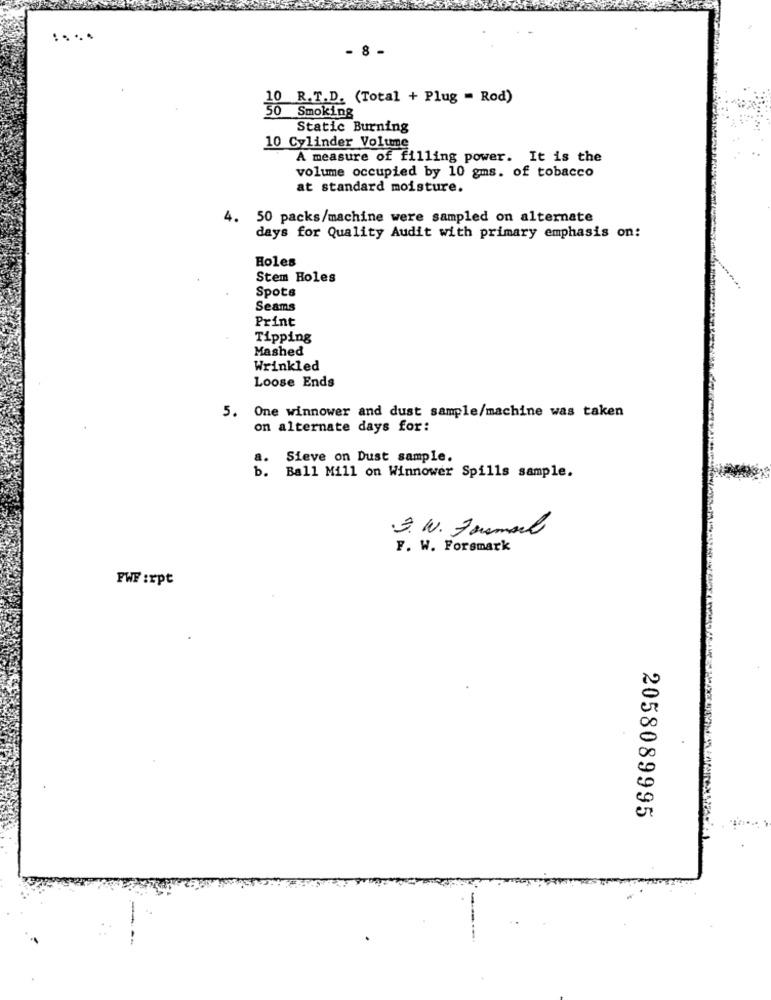
- 8 -
10 R.T.D. (Total + Plug - Rod)
50
Smoking
Static Burning
10 Cylinder Volume
A measure of filling power. It is the
volume occupied by 10 gms. of tobacco
at standard moisture.
4. 50 packs/machine were sampled on alternate
days for Quality Audit with primary emphasis on:
Holes
Stem Holes
Spots
Seams
Print
Tipping
Mashed
Wrinkled
Loose Ends
5. One winnower and dust sample/machine was taken
on alternate days for:
a.
Sieve on Dust sample.
b. Ball Mill on Winnower Spills sample.
.3. W. Formal
F. W. Forsmark
FWF :rpt
2058089995
-